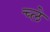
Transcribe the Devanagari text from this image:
च्ले